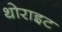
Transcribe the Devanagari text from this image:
थोराइट